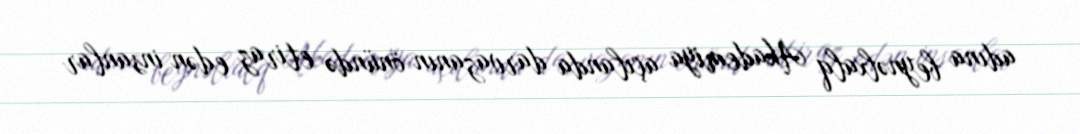
adına beynəlxalq Akademiya açılanda darvazanın önündə etiraz edən insanlar